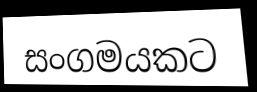
සංගමයකට